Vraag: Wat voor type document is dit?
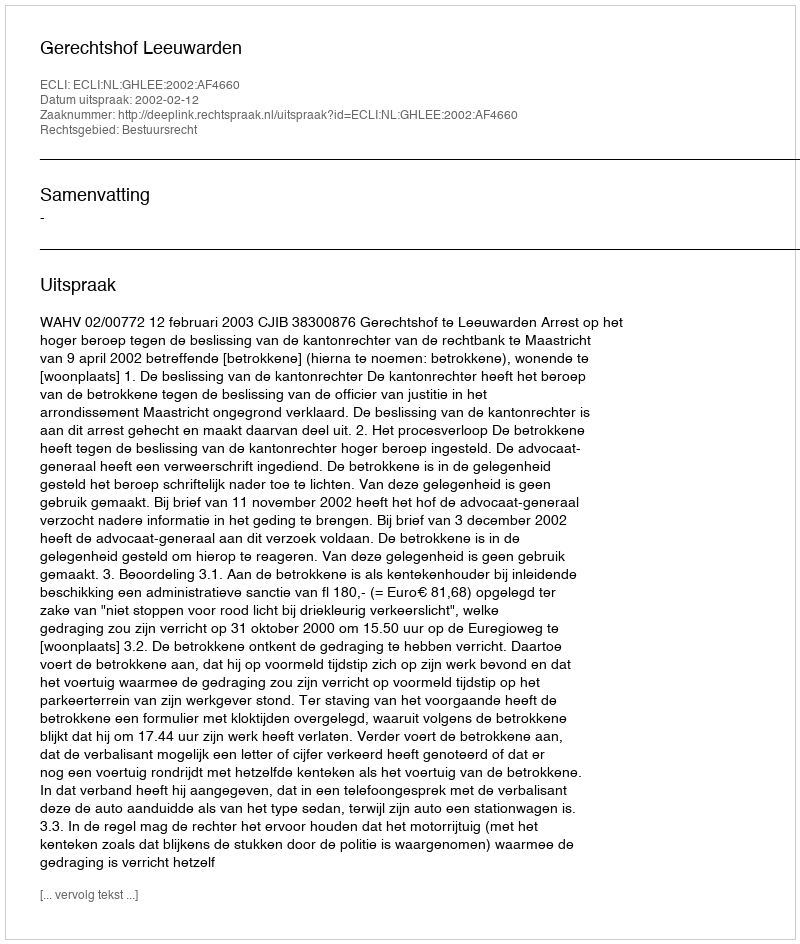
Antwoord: Uitspraak